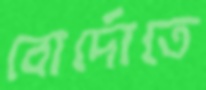
বোর্দোতে